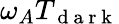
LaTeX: \omega_{A}T_{\mathrm{~d~a~r~k~}}